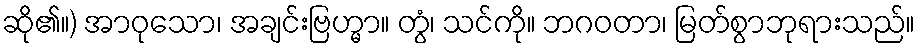
ဆို၏။) အာဝုသော၊ အချင်းဗြဟ္မာ။ တွံ၊ သင်ကို။ ဘဂဝတာ၊ မြတ်စွာဘုရားသည်။